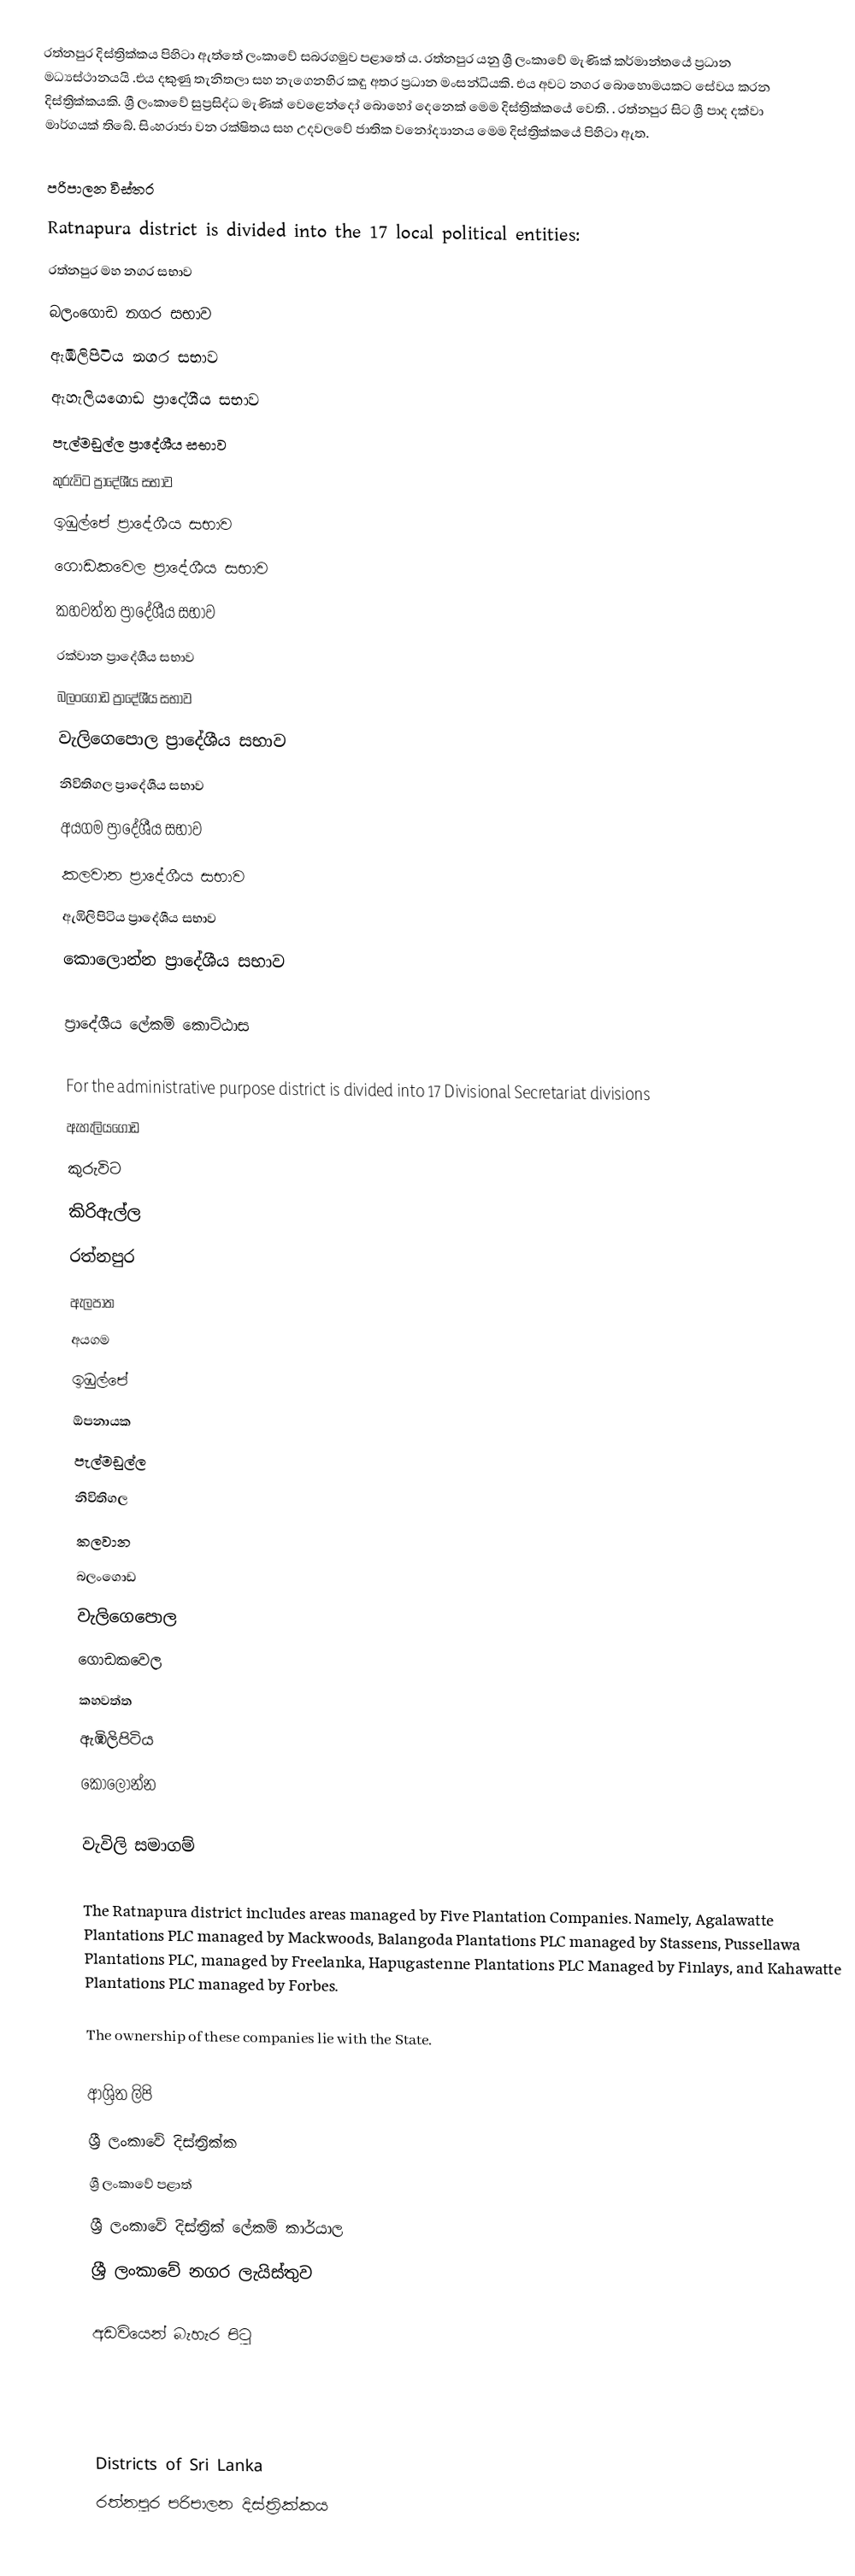
රත්නපුර දිස්ත්‍රික්කය පිහිටා ඇත්තේ ලංකාවේ සබරගමුව පළාතේ ය.  රත්නපුර යනු ශ්‍රී ලංකාවේ මැණික් කර්මාන්තයේ ප්‍රධාන මධ්‍යස්ථානයයි .එය දකුණු තැනිතලා සහ නැගෙනහිර කඳු අතර ප්‍රධාන මංසන්ධියකි.  එය අවට නගර බොහොමයකට සේවය කරන දිස්ත්‍රික්කයකි.  ශ්‍රී ලංකාවේ සුප්‍රසිද්ධ මැණික් වෙළෙන්දෝ බොහෝ දෙනෙක් මෙම දිස්ත්‍රික්කයේ වෙති.  .  රත්නපුර සිට ශ්‍රී පාද දක්වා මාර්ගයක් තිබේ.  සිංහරාජා වන රක්ෂිතය සහ උදවලවේ ජාතික වනෝද්‍යානය මෙම දිස්ත්‍රික්කයේ පිහිටා ඇත.

පරිපාලන විස්තර
Ratnapura district is divided into the 17 local political entities:
රත්නපුර මහ නගර සභාව
බලංගොඩ නගර සභාව
ඇඹිලිපිටිය නගර සභාව
ඇහැලියගොඩ ප්‍රාදේශීය සභාව
පැල්මඩුල්ල ප්‍රාදේශීය සභාව
කුරුවිට ප්‍රාදේශීය සභාව
ඉඹුල්පේ ප්‍රාදේශීය සභාව
ගොඩකවෙල ප්‍රාදේශීය සභාව
කහවත්ත ප්‍රාදේශීය සභාව
රක්වාන ප්‍රාදේශීය සභාව
බලංගොඩ ප්‍රාදේශීය සභාව
වැලිගෙපොල ප්‍රාදේශීය සභාව
නිවිතිගල ප්‍රාදේශීය සභාව
අයගම ප්‍රාදේශීය සභාව
කලවාන ප්‍රාදේශීය සභාව
ඇඹිලිපිටිය ප්‍රාදේශීය සභාව
කොලොන්න ප්‍රාදේශීය සභාව

ප්‍රාදේශීය ලේකම් කොට්ඨාස

For the administrative purpose district is divided into 17 Divisional Secretariat divisions
ඇහැලියගොඩ
කුරුවිට
කිරිඇල්ල
රත්නපුර
ඇලපාත
අයගම
ඉඹුල්පේ
ඕපනායක
පැල්මඩුල්ල
නිවිතිගල
කලවාන
බලංගොඩ
වැලිගෙපොල
ගොඩකවෙල
කහවත්ත
ඇඹිලිපිටිය
කොලොන්න

වැවිලි සමාගම්

The Ratnapura district includes areas managed by Five Plantation Companies. Namely, Agalawatte Plantations PLC managed by Mackwoods, Balangoda Plantations PLC managed by Stassens, Pussellawa Plantations PLC, managed by Freelanka, Hapugastenne Plantations PLC Managed by Finlays, and Kahawatte Plantations PLC managed by Forbes.

The ownership of these companies lie with the State.

ආශ්‍රිත ලිපි
ශ්‍රී ලංකාවේ දිස්ත්‍රික්ක
ශ්‍රී ලංකාවේ පළාත්
ශ්‍රී ලංකාවේ දිස්ත්‍රික් ලේකම් කාර්යාල
ශ්‍රී ලංකාවේ නගර ලැයිස්තුව

අඩවියෙන් බැහැර පිටු

Districts of Sri Lanka
රත්නපුර පරිපාලන දිස්ත්‍රික්කය